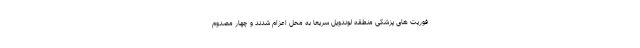
فوریت های پزشکی منطقه لوندویل سریعا به محل اعزام شدند و چهار مصدوم